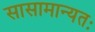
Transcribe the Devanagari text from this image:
सासामान्यतः